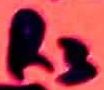
Text: R3